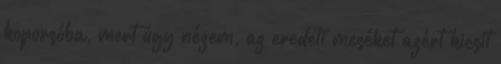
koporsóba, mert úgy nézem, az eredeti meséket azért kicsit